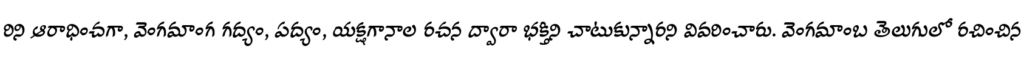
రిని ఆరాధించగా, వెంగమాంగ గద్యం, పద్యం, యక్షగానాల రచన ద్వారా భక్తిని చాటుకున్నారని వివరించారు. వెంగమాంబ తెలుగులో రచించిన